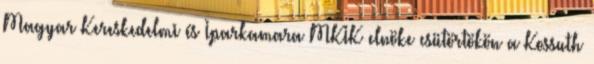
Magyar Kereskedelmi és Iparkamara MKIK elnöke csütörtökön a Kossuth